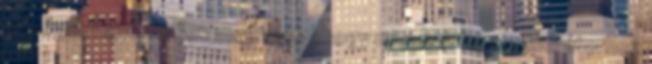
mérővel. Egyszerűen megtudod,hogy mi a baj, ha a generátorhoz